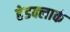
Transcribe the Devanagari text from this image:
हेडक्लार्क